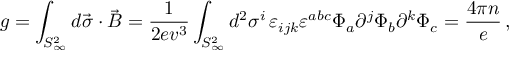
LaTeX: g = \int _ { S _ { \infty } ^ { 2 } } d \vec { \sigma } \cdot \vec { B } = \frac { 1 } { 2 e v ^ { 3 } } \int _ { S _ { \infty } ^ { 2 } } d ^ { 2 } \sigma ^ { i } \, \varepsilon _ { i j k } \varepsilon ^ { a b c } \Phi _ { a } \partial ^ { j } \Phi _ { b } \partial ^ { k } \Phi _ { c } = \frac { 4 \pi n } { e } \, ,